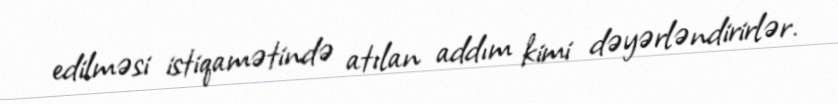
edilməsi istiqamətində atılan addım kimi dəyərləndirirlər.